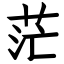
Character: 茫